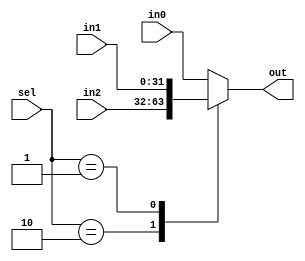
module mux3x1 #(parameter n = 32)(
    input wire [1:0] sel,
    input wire [n-1:0] in0, in1, in2,
    output reg [n-1:0] out
);

// Use a single conditional assignment instead of multiple if-else statements
always @* begin
    case (sel)
        2'b10: out = in2;
        2'b01: out = in1;
        default: out = in0;
    endcase
end

endmodule